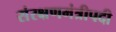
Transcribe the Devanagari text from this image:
संरक्षणमंत्रीपदी